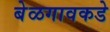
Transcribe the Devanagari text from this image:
बेळगावकडे